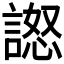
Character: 𧪅